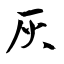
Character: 灰